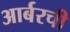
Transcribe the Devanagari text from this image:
आर्बरची